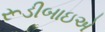
રૂડીબાઇએ